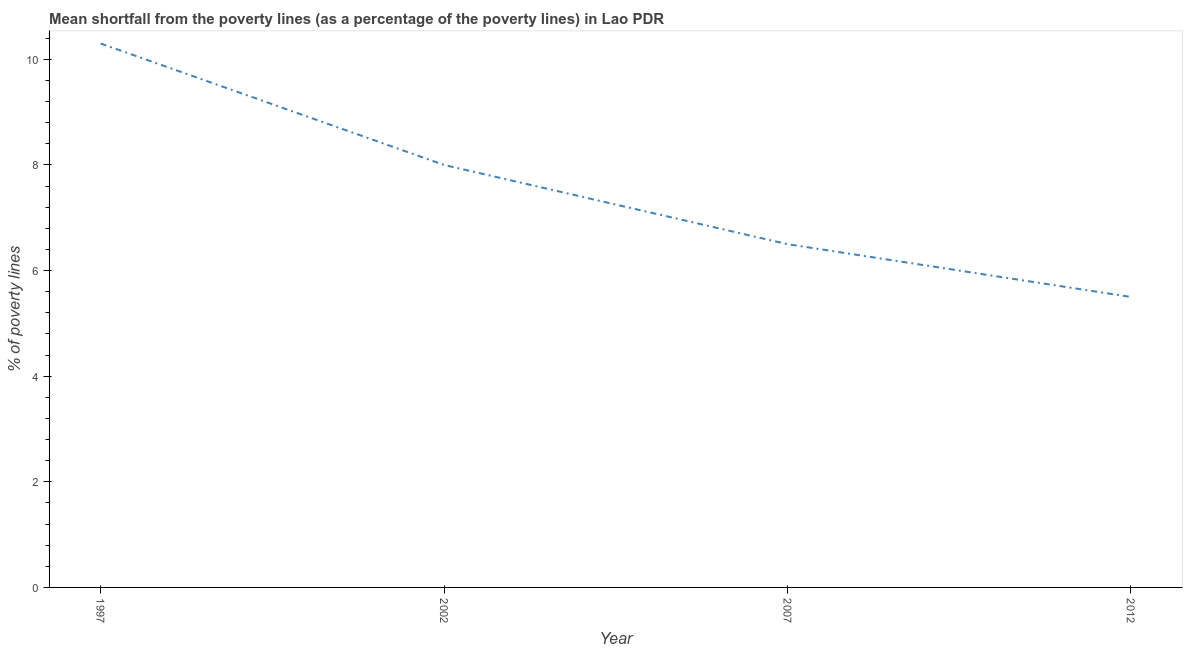
| Year | Poverty gap at national poverty lines |
 | --- | --- |
 | 1997 | 10.3 |
 | 2002 | 8 |
 | 2007 | 6.5 |
 | 2012 | 5.5 |